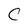
Character: C